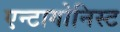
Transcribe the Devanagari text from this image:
एन्टागोनिस्ट